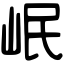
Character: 岷